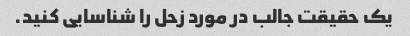
یک حقیقت جالب در مورد زحل را شناسایی کنید.